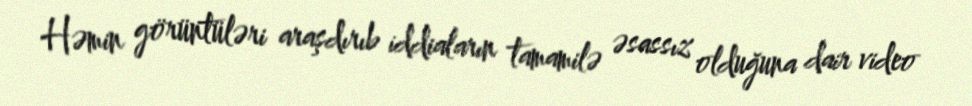
Həmin görüntüləri araşdırıb iddiaların tamamilə əsassız olduğuna dair video